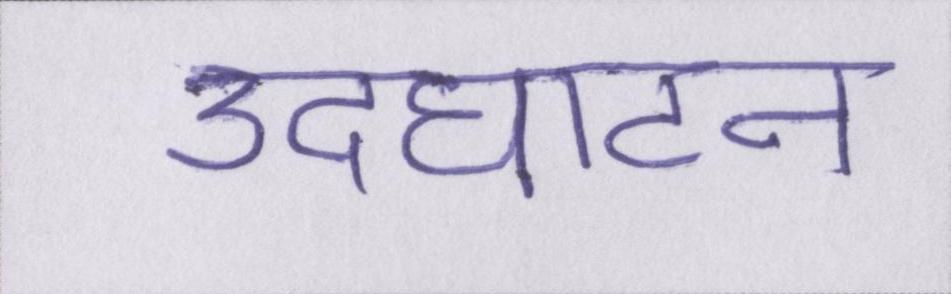
उदघाटन